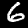
Label: 6